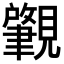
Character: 𬢅